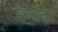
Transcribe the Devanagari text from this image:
हिप्पालस